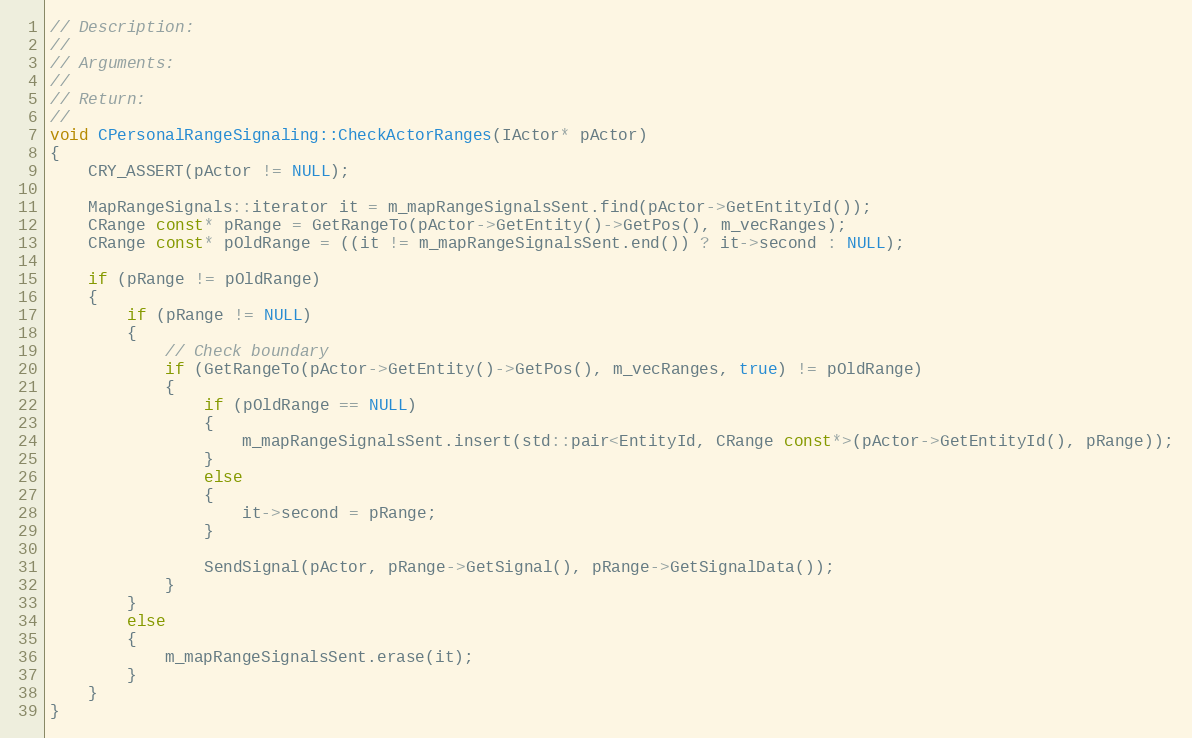
Language: C++
// Description:
//
// Arguments:
//
// Return:
//
void CPersonalRangeSignaling::CheckActorRanges(IActor* pActor)
{
	CRY_ASSERT(pActor != NULL);

	MapRangeSignals::iterator it = m_mapRangeSignalsSent.find(pActor->GetEntityId());
	CRange const* pRange = GetRangeTo(pActor->GetEntity()->GetPos(), m_vecRanges);
	CRange const* pOldRange = ((it != m_mapRangeSignalsSent.end()) ? it->second : NULL);

	if (pRange != pOldRange)
	{
		if (pRange != NULL)
		{
			// Check boundary
			if (GetRangeTo(pActor->GetEntity()->GetPos(), m_vecRanges, true) != pOldRange)
			{
				if (pOldRange == NULL)
				{
					m_mapRangeSignalsSent.insert(std::pair<EntityId, CRange const*>(pActor->GetEntityId(), pRange));
				}
				else
				{
					it->second = pRange;
				}

				SendSignal(pActor, pRange->GetSignal(), pRange->GetSignalData());
			}
		}
		else
		{
			m_mapRangeSignalsSent.erase(it);
		}
	}
}